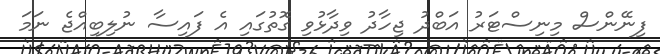
ފިނޭންސް މިނިސްޓަރު އަބްދު ޖިހާދު ވިދާޅުވި ގޮތުގައި އެ ފައިސާ ނުލިބިއްޖެ ނަމަ